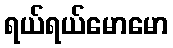
ရယ်ရယ်မောမော